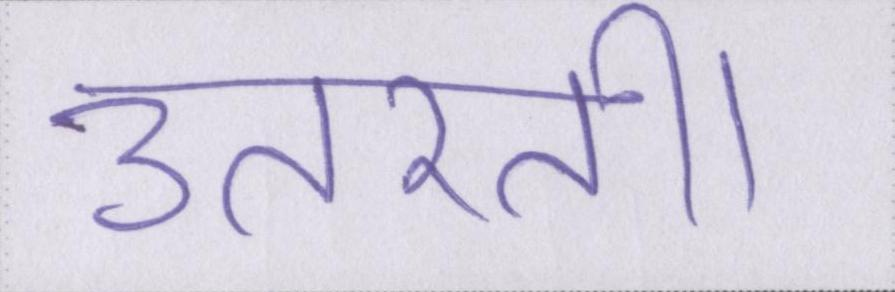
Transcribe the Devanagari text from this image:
उतरती।